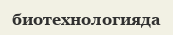
биотехнологияда